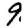
Digit: 9